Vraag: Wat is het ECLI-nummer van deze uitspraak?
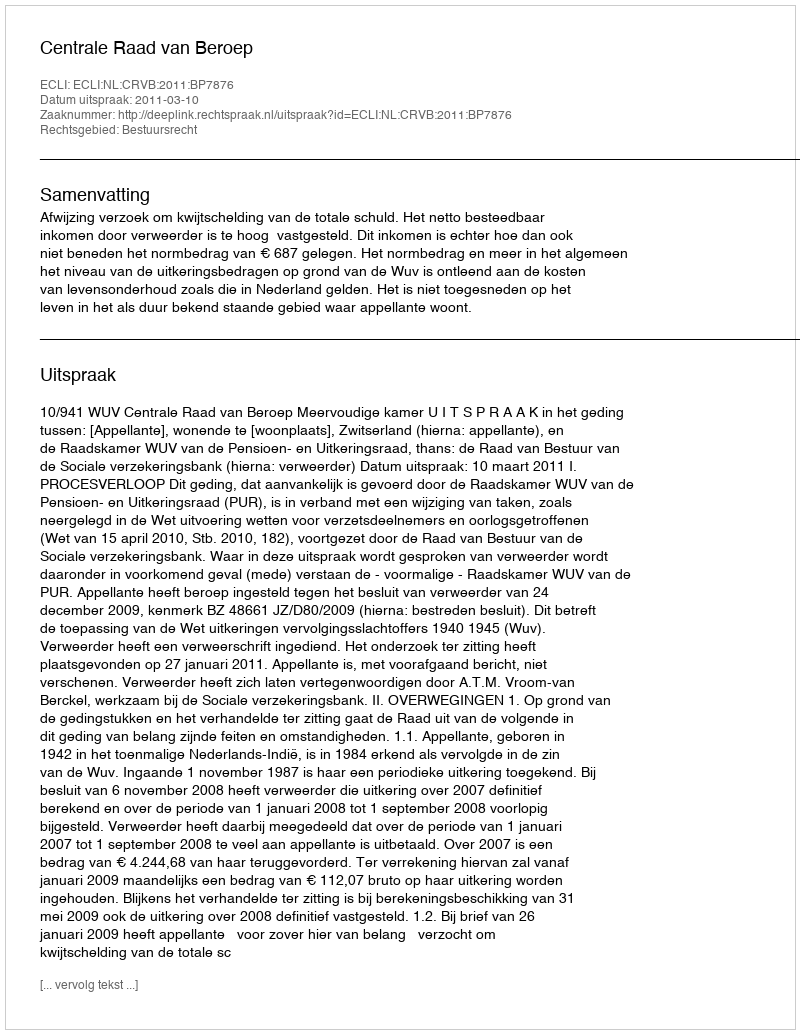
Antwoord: ECLI:NL:CRVB:2011:BP7876